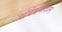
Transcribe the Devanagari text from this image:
संवेदनशिल